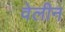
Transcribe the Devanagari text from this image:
वेलीन